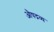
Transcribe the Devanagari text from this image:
औषद्रव्य